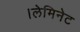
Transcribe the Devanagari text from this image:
।लेमिनेट